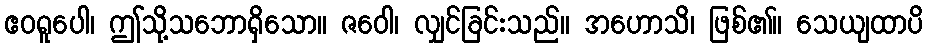
ဧဝရူပေါ၊ ဤသို့သဘောရှိသော။ ဇဝေါ၊ လျှင်ခြင်းသည်။ အဟောသိ၊ ဖြစ်၏။ သေယျထာပိ